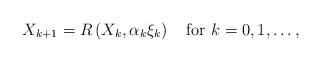
\begin{align*} X_{k+1} = R\left( X_k,\alpha_k\xi_k \right) \quad\mbox{for }k=0,1,\ldots,\end{align*}